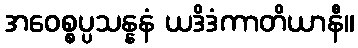
အဝေစ္စပ္ပသန္နနံ ယဒိဒံကာတိယာနီ။